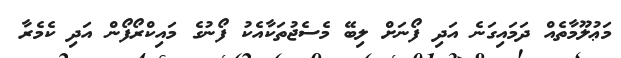
މަޢުލޫމާތެއް ދަމައިގަނެ އަދި ފޯނަށް ލިބޭ މެސެޖުތަކާއެކު ފޯނުގެ މައިކްރޯފޯން އަދި ކެމެރާ